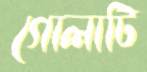
গোলাটি